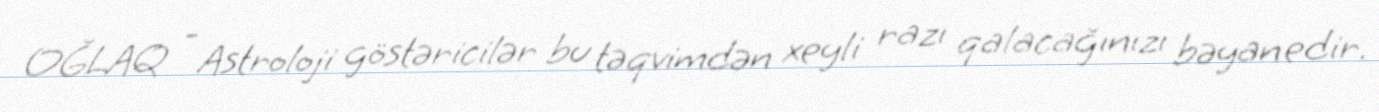
OĞLAQ - Astroloji göstəricilər bu təqvimdən xeyli razı qalacağınızı bəyan edir.